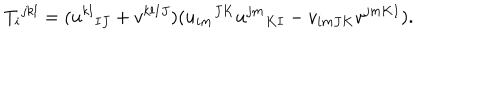
LaTeX: T _ { i } { } ^ { j k l } = ( u ^ { k l } { } _ { I J } + v ^ { k l I J } ) ( u _ { i m } { } ^ { J K } u ^ { j m } { } _ { K I } - v _ { i m J K } v ^ { j m K I } ) .